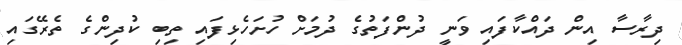
ދިރާސާ އިން ދައްކާފައި ވަނީ ދުންފަތުގެ ދުމަށް ހުށަހެޅިފައި ތިބި ކުދިންގެ ތެރޭގައި